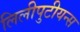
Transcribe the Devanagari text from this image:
लिलीपुटीयन्स